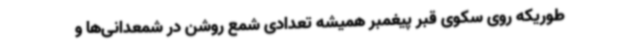
طوریکه روی سکوی قبر پیغمبر همیشه تعدادی شمع روشن در شمعدانی‌ها و